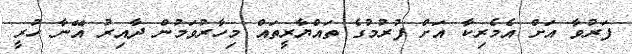
ފަރުވާ އަށް އެމެރިކާ އަށް ފުރުމުގެ ތައްޔާރީތައް މިހާރުވަމުން ދާއިރު އޭނާ ހުރީ